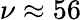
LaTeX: \nu\approx 56